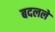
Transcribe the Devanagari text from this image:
बदललें